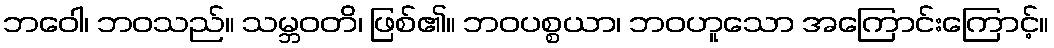
ဘဝေါ၊ ဘဝသည်။ သမ္ဘဝတိ၊ ဖြစ်၏။ ဘဝပစ္စယာ၊ ဘဝဟူသော အကြောင်းကြောင့်။